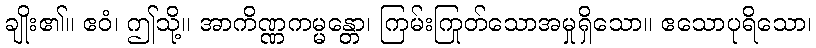
ချိုး၏။ ဧဝံ၊ ဤသို့။ အာကိဏ္ဏကမ္မန္တော၊ ကြမ်းကြုတ်သောအမှုရှိသော။ ဧသောပုရိသော၊